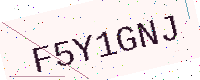
Text: F5Y1GNJ